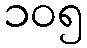
၁၀၅